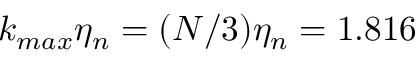
k _ { m a x } \eta _ { n } = ( N / 3 ) \eta _ { n } = 1 . 8 1 6